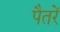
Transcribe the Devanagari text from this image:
पैतरें